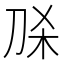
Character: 𭃛